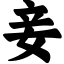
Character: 妾